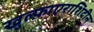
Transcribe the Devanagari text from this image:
खुल्फ़ाएराशिदीन